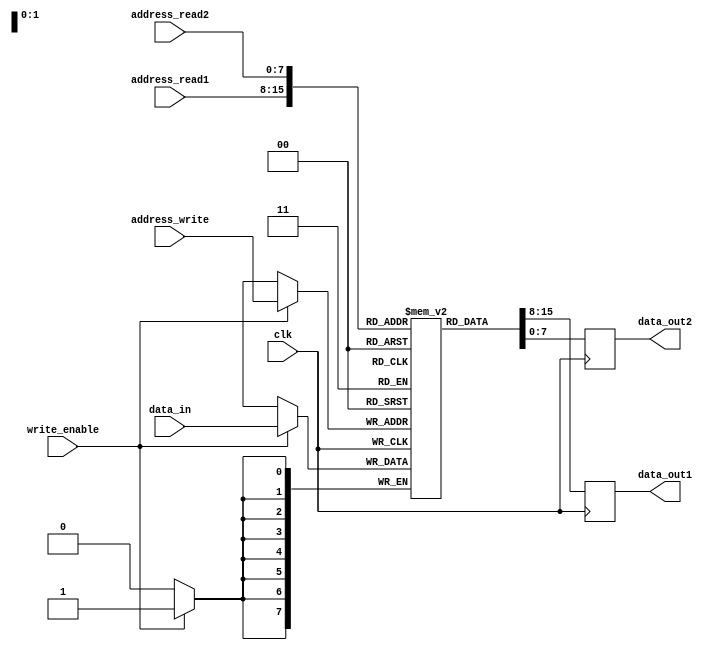
module dual_port_ram (
  input wire clk,
  input wire [7:0] address_read1,
  input wire [7:0] address_read2,
  input wire [7:0] address_write,
  input wire write_enable,
  input wire [7:0] data_in,
  
  output reg [7:0] data_out1,
  output reg [7:0] data_out2
);

reg [7:0] memory [0:255];

always @ (posedge clk) begin
  if (write_enable) begin
    memory[address_write] <= data_in;
  end
    
  data_out1 <= memory[address_read1];
  data_out2 <= memory[address_read2];
  
end

endmodule